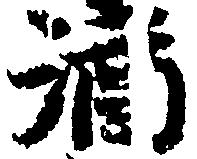
酒